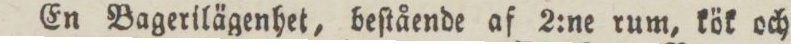
En Bagerilägenhet, beſtående af 2:ne rum, kök och